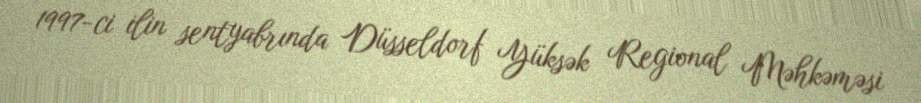
1997-ci ilin sentyabrında Düsseldorf Yüksək Regional Məhkəməsi